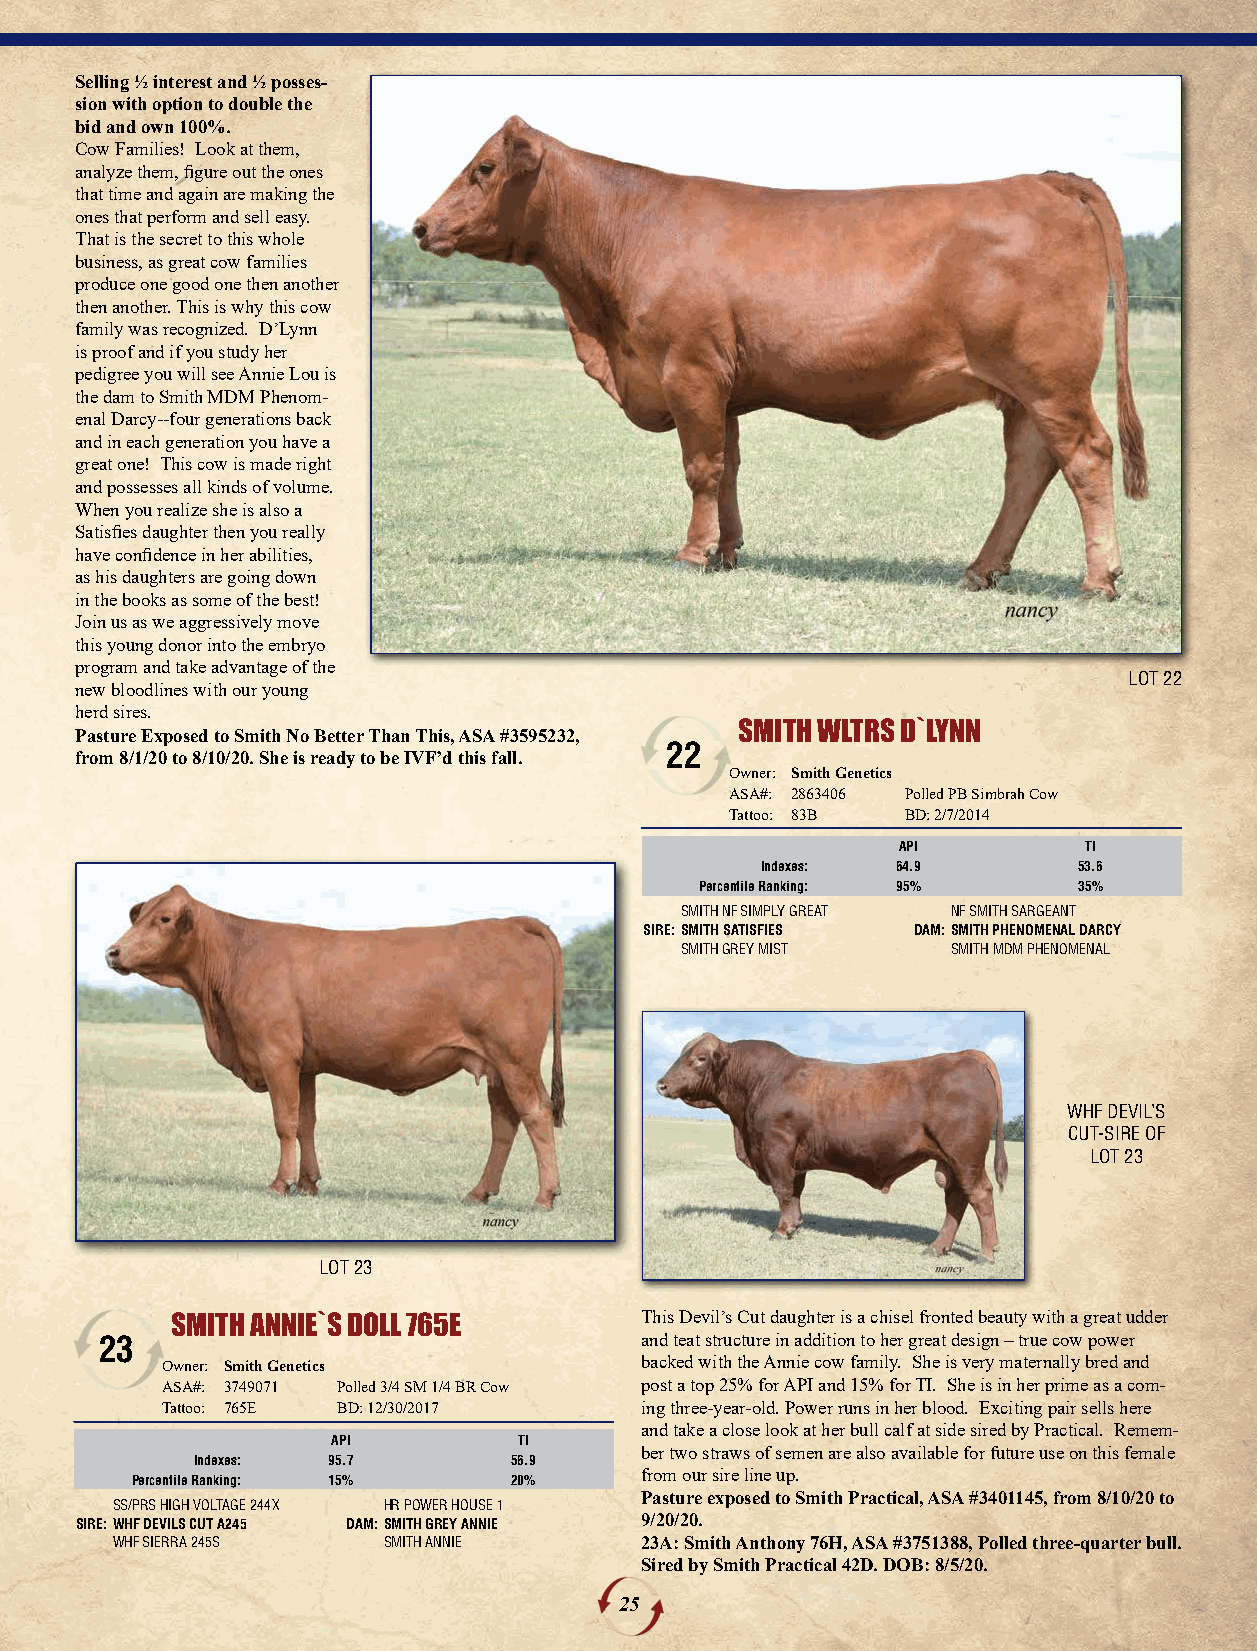
Selling ½ interest and ½ posses-
 sion with option to double the
 bid and own 100%.
 Cow Families! Look at them,
 analyze them, figure out the ones
 that time and again are making the
 ones that perform and sell easy.
 That is the secret to this whole
 business, as great cow families
 produce one good one then another
 then another. This is why this cow
 family was recognized. D’Lynn
 is proof and if you study her
 pedigree you will see Annie Lou is
 the dam to Smith MDM Phenom-
 enal Darcy--four generations back
 and in each generation you have a
 great one! This cow is made right
 and possesses all kinds of volume.
 When you realize she is also a
 Satisfies daughter then you really
 have confidence in her abilities,
 as his daughters are going down
 in the books as some of the best!
 Join us as we aggressively move
 this young donor into the embryo
 program and take advantage of the
 LOT 22
 new bloodlines with our young
 herd sires.
 SMITH WLTRS D`LYNN
 Pasture Exposed to Smith No Better Than This, ASA #3595232,
 22
 from 8/1/20 to 8/10/20. She is ready to be IVF’d this fall.
 Owner: Smith Genetics
 ASA#: 2863406 Polled PB Simbrah Cow
 Tattoo: 83B BD: 2/7/2014
 API          TI
 Indexes: 64.9        53.6
 Percentile Ranking: 95%  35%
 SMITH NF SIMPLY GREAT NF SMITH SARGEANT
 SIRE:SMITH SATISFIES DAM:SMITH PHENOMENAL DARCY
 SMITH GREY MIST   SMITH MDM PHENOMENAL
 WHF DEVIL’S
 CUT-SIRE OF
 LOT 23
 LOT 23
 SMITH ANNIE`S DOLL 765E        This Devil’s Cut daughter is a chisel fronted beauty with a great udder
 23                                 and teat structure in addition to her great design – true cow power
 Owner: Smith Genetics          backed with the Annie cow family. She is very maternally bred and
 ASA#: 3749071 Polled 3/4 SM 1/4 BR Cow post a top 25% for API and 15% for TI. She is in her prime as a com-
 Tattoo: 765E BD: 12/30/2017    ing three-year-old. Power runs in her blood. Exciting pair sells here
 and take a close look at her bull calf at side sired by Practical. Remem-
 API         TI
 ber two straws of semen are also available for future use on this female
 Indexes: 95.7        56.9
 from our sire line up.
 Percentile Ranking: 15%  20%
 Pasture exposed to Smith Practical, ASA #3401145, from 8/10/20 to
 SS/PRS HIGH VOLTAGE 244X HR POWER HOUSE 1
 SIRE:WHF DEVILS CUT A245 DAM:SMITH GREY ANNIE 9/20/20.
 WHF SIERRA 245S   SMITH ANNIE      23A: Smith Anthony 76H, ASA #3751388, Polled three-quarter bull.
 Sired by Smith Practical 42D. DOB: 8/5/20.
 25